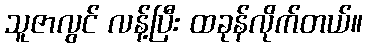
သူဇာလွင် လန့်ပြီး ထခုန်လိုက်တယ်။